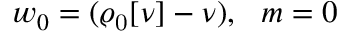
w _ { 0 } = ( \varrho _ { \mathrm { 0 } } [ \nu ] - \nu ) , ~ ~ m = 0